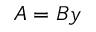
A = B y